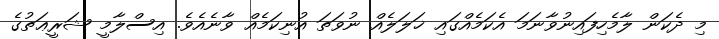
މި ދެކަން ލާމެހިފައިނުވާނަމަ އެކަމެއްގައި ޚަލަލެއް ނުވަތަ އުނިކަމެއް ވާނެއެވެ. އިސްލާމީ ޝަރީޢަތުގެ